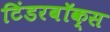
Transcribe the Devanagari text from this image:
टिंडरबॉक्स